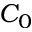
C _ { 0 }